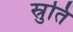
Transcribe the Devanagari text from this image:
स्रुतिं